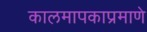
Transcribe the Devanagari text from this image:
कालमापकाप्रमाणे